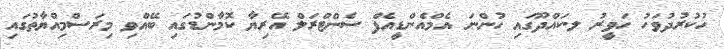
ހުކުރުދުވަހު ހަވީރު ލ.ކައްދޫގައި ހުންނަ އެމްއެންޑީއެފް ސެންޓްރަލް އޭރިޔާ ކޮމާންޑުގައި ބޭއްވި މިރަސްމިއްޔާތުގައި